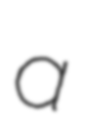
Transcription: a